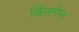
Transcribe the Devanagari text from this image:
बिनगेन